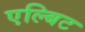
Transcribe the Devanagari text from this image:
एल्बिट